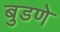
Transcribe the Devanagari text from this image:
बुडणे